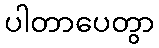
ပါတာပေတွာ